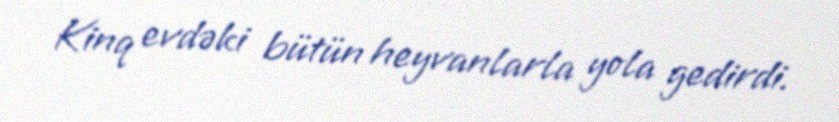
Kinq evdəki bütün heyvanlarla yola gedirdi.